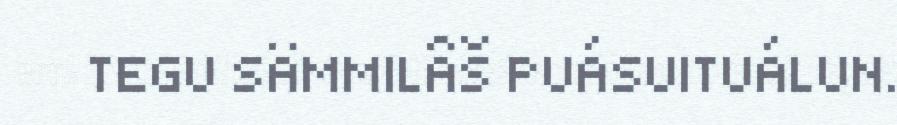
TEGU SÄMMILÂŠ PUÁSUITUÁLUN.